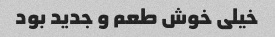
خیلی خوش طعم و جدید بود